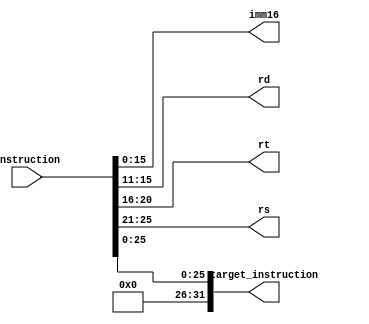
module instructionDecoder
(
  output [15:0] imm16,
  output [4:0] rd,
  output [4:0] rt,
  output [4:0] rs,
  output [31:0] target_instruction,
  input [31:0] instruction
);

assign imm16 = instruction[15:0];

assign rd = instruction[15:11];

assign rt = instruction[20:16];

assign rs = instruction[25:21];

assign target_instruction = instruction[25:0];


endmodule